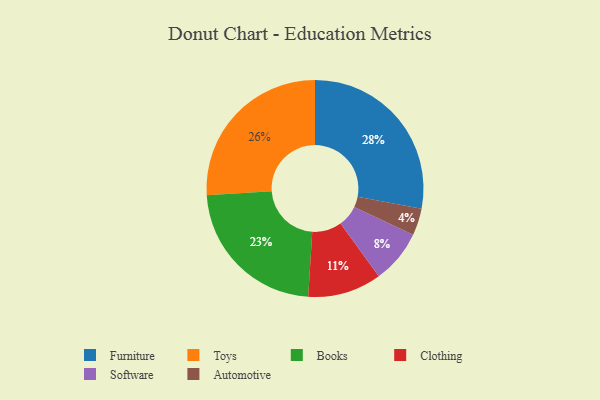
{"axis": {"x": "Category", "y": "Percentage"}, "legend": ["Automotive", "Books", "Clothing", "Furniture", "Software", "Toys"], "data": [{"x": "Furniture", "y": 28, "type": "Furniture"}, {"x": "Books", "y": 23, "type": "Books"}, {"x": "Software", "y": 8, "type": "Software"}, {"x": "Toys", "y": 26, "type": "Toys"}, {"x": "Automotive", "y": 4, "type": "Automotive"}, {"x": "Clothing", "y": 11, "type": "Clothing"}]}